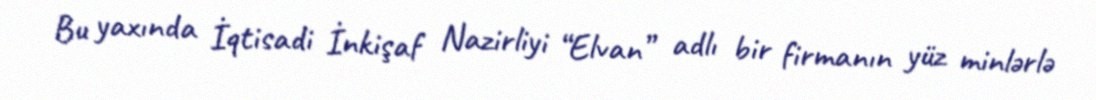
Bu yaxında İqtisadi İnkişaf Nazirliyi “Elvan” adlı bir firmanın yüz minlərlə